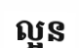
ល្អន